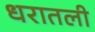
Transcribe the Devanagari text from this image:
धरातली